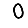
Digit: 0